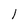
Character: l